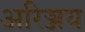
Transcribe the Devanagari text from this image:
अरिञ्जय